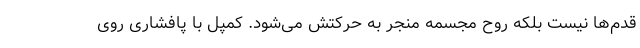
قدم‌ها نیست بلکه روح مجسمه منجر به حرکتش می‌شود. کمپل با پافشاری روی